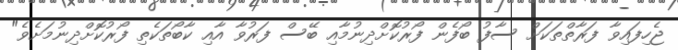
ޖެހިފައިވާ ފަރާތްތަކަށް ސާފު ބޯފެން ފޯރުކޮށްދިނުމާއި ބޭސް ފަރުވާ އާއި ކާބޯތަކެތި ފޯރުކޮށްދިނުމަށެވެ"